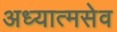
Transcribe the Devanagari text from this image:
अध्यात्मसेव